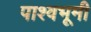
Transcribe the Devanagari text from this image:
पाश्वभूमी